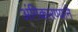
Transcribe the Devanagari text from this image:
अंगिकारण्याने